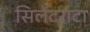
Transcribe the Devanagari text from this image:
सिलेंटराटा